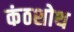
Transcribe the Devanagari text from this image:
कंठशोथ